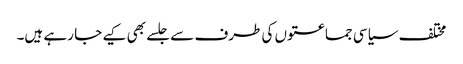
مختلف سیاسی جماعتوں کی طرف سے جلسے بھی کیے جا رہے ہیں۔